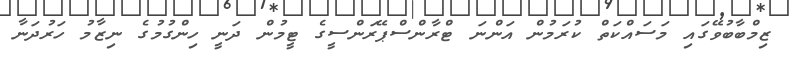
ޒިމްބާބުވޭގައި މަސައްކަތް ކުރަމުން އަންނަ ޓްރާންސްޕޭރަންސީގެ ޓީމުން ދަނީ ހިންގުމުގެ ނިޒާމު ހަރުދަނާ